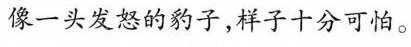
像一头发怒的豹子，样子十分可怕。